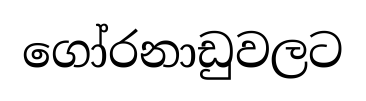
ගෝරනාඩුවලට